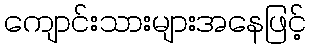
ကျောင်းသားများအနေဖြင့်